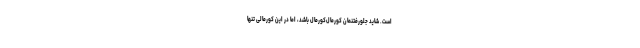
است. شاید جلورفتنمان کورمال‌کورمال باشد، اما در این کورمالی تنها